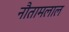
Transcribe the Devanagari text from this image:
नौतामलाल